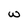
Character: w